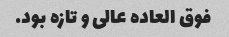
فوق العاده عالی و تازه بود.